Civil Veterinary Department Bihar & Orissa reports 1929-36 - 1929-1936
Year: 1929
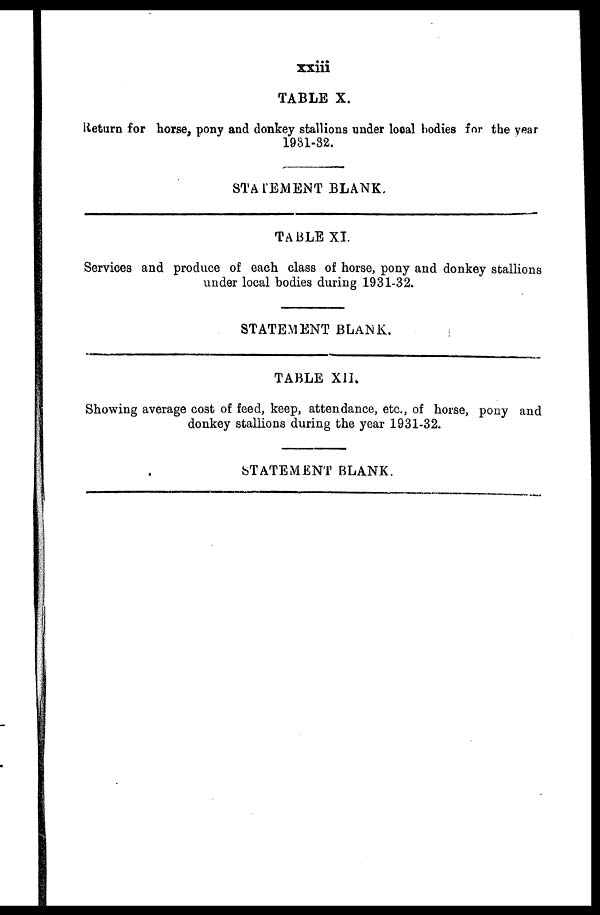
xxiii
TABLE X.
Return for horse, pony and donkey stallions under local bodies for the year
1931-32.
STATEMENT BLANK.
TABLE XI.
Services and produce of each class of horse, pony and donkey stallions
under local bodies during 1931-32.
STATEMENT BLANK.
TABLE XII
Showing average cost of feed, keep, attendance, etc., of horse, pony and
donkey stallions during the year 1931-32.
STATEMENT BLANK.